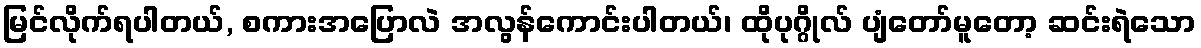
မြင်လိုက်ရပါတယ်, စကားအပြောလဲ အလွန်ကောင်းပါတယ်၊ ထိုပုဂ္ဂိုလ် ပျံတော်မူတော့ ဆင်းရဲသော